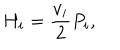
LaTeX: H _ { i } = \frac { v _ { i } } { 2 } P _ { i } ,